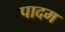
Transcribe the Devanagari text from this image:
पादम